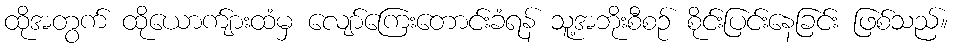
ထိုအတွက် ထိုယောက်ျားထံမှ လျော်ကြေးတောင်းခံရန် သူ့အဘိုးစီစဉ် စိုင်းပြင်းနေခြင်း ဖြစ်သည်။